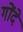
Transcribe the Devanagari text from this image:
गोंदे